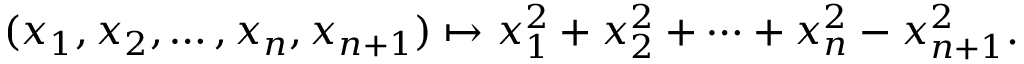
( x _ { 1 } , x _ { 2 } , \ldots , x _ { n } , x _ { n + 1 } ) \mapsto x _ { 1 } ^ { 2 } + x _ { 2 } ^ { 2 } + \cdots + x _ { n } ^ { 2 } - x _ { n + 1 } ^ { 2 } .